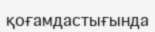
қоғамдастығында